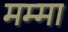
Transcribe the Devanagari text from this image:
मम्मा